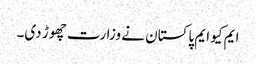
ایم کیو ایم پاکستان نے وزارت چھوڑ دی۔